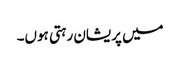
میں پریشان رہتی ہوں۔